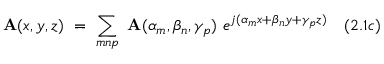
\mathbf { A } ( x , y , z ) ~ = ~ \sum _ { m n p } ~ \mathbf { A } ( \alpha _ { m } , \beta _ { n } , \gamma _ { p } ) ~ e ^ { j ( \alpha _ { m } x + \beta _ { n } y + \gamma _ { p } z ) } ~ ~ ~ ( 2 . 1 c )